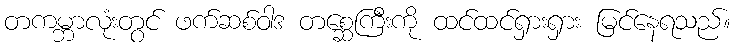
တကမ္ဘာလုံးတွင် ဖက်ဆစ်ဝါဒ တစ္ဆေကြီးကို ထင်ထင်ရှားရှား မြင်နေရသည်။